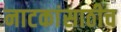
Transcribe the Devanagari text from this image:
नाटकांसाठीच